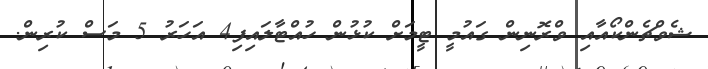
ޝެވްޗެންކޯއާއި ވްރޮނިން ގައުމީ ޓީމަށް ކުޅުން ހުއްޓާލައިފި4 އަހަރު 5 މަސް ކުރިން.